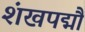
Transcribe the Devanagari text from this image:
शंखपद्मौ